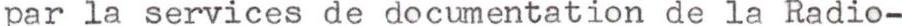
par la services de documentation de la Radio-